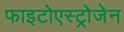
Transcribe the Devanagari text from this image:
फाइटोएस्ट्रोजेन